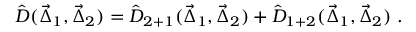
\hat { D } ( \vec { \Delta } _ { 1 } , \vec { \Delta } _ { 2 } ) = \hat { D } _ { 2 + 1 } ( \vec { \Delta } _ { 1 } , \vec { \Delta } _ { 2 } ) + \hat { D } _ { 1 + 2 } ( \vec { \Delta } _ { 1 } , \vec { \Delta } _ { 2 } ) \; .